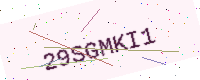
Text: 29SGMKI1